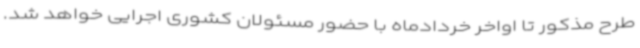
طرح مذکور تا اواخر خردادماه با حضور مسئولان کشوری اجرایی خواهد شد.